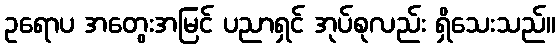
ဥရောပ အတွေးအမြင် ပညာရှင် အုပ်စုလည်း ရှိသေးသည်။